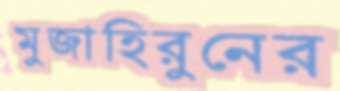
মুজাহিরুনের